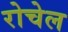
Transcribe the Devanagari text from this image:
रोचेल